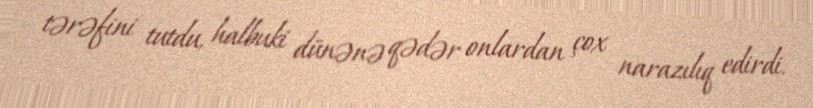
tərəfini tutdu, halbuki dünənə qədər onlardan çox narazılıq edirdi.